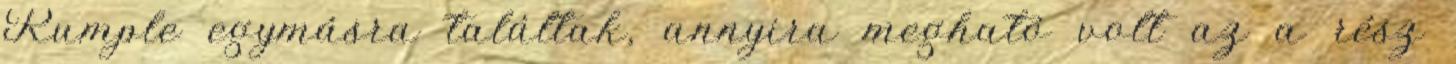
Rumple egymásra találtak, annyira megható volt az a rész